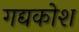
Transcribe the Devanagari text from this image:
गद्यकोश